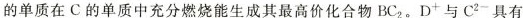
的单质在C的单质中充分燃烧能生成其最高价化合物BC_{2}。D^{+}与C^{2-}具有